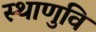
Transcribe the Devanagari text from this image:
स्थाणुवि